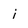
Character: i